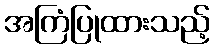
အကြံပြုထားသည့်